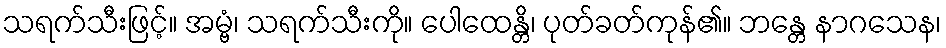
သရက်သီးဖြင့်။ အမ္ဗံ၊ သရက်သီးကို။ ပေါထေန္တိ၊ ပုတ်ခတ်ကုန်၏။ ဘန္တေ နာဂသေန၊